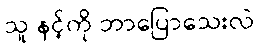
သူ နင့်ကို ဘာပြောသေးလဲ